Indian journal of veterinary science and animal husbandry - Volume 4,
Year: 1934
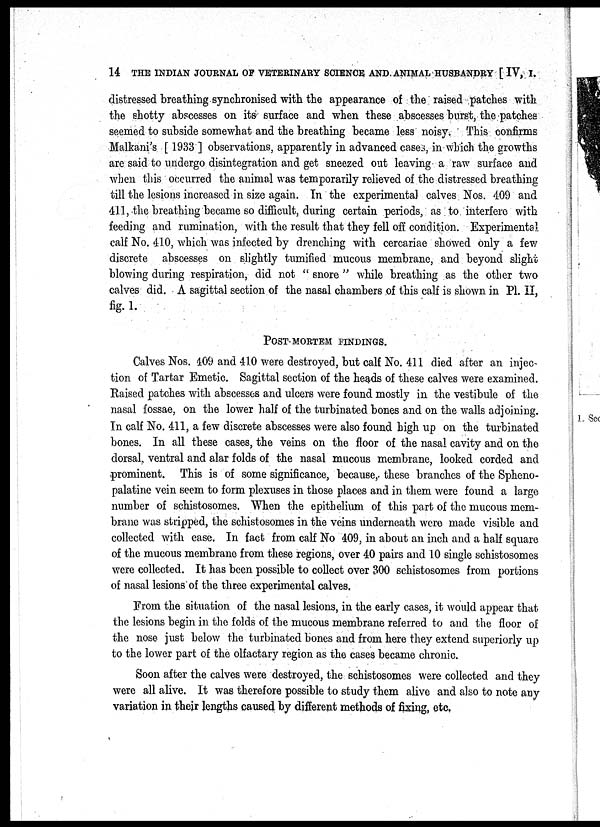
14 THE INDIAN JOURNAL OF VETERINARY SCIENCE AND ANIMAL HUSBANDRY [ IV, I.
distressed breathing synchronised with the appearance of the raised patches with
the shotty abscesses on its surface and when these abscesses burst, the patches
seemed to subside somewhat and the breathing became less noisy. This confirms
Malkani's [ 1933 ] observations, apparently in advanced cases, in which the growths
are said to undergo disintegration and get sneezed out leaving a raw surface and
when this occurred the animal was temporarily relieved of the distressed breathing
till the lesions increased in size again. In the experimental calves Nos. 409 and
411, the breathing became so difficult, during certain periods, as to interfere with
feeding and rumination, with the result that they fell off condition. Experimental
calf No. 410, which was infected by drenching with cercariae showed only a few
discrete abscesses on slightly tumified mucous membrane, and beyond slight
blowing during respiration, did not " snore " while breathing as the other two
calves did. A sagittal section of the nasal chambers of this calf is shown in P1. II,
fig.l.
POST-MORTEM FINDINGS.
Calves Nos. 409 and 410 were destroyed, but calf No. 411 died after an injec-
tion of Tartar Emetic. Sagittal section of the heads of these calves were examined.
Raised patches with abscesses and ulcers were found mostly in the vestibule of the
nasal fossae, on the lower half of the turbinated bones and on the walls adjoining.
In calf No. 411, a few discrete abscesses were also found high up on the turbinated
bones. In all these cases, the veins on the floor of the nasal cavity and on the
dorsal, ventral and alar folds of the nasal mucous membrane, looked corded and
prominent. This is of some significance, because, these branches of the Spheno-
palatine vein seem to form plexuses in those places and in them were found a large
number of schistosomes. When the epithelium of this part of the mucous mem-
brane was stripped, the schistosomes in the veins underneath were made visible and
collected with ease. In fact from calf No 409, in about an inch and a half square
of the mucous membrane from these regions, over 40 pairs and 10 single schistosomes
were collected. It has been possible to collect over 300 schistosomes from portions
of nasal lesions of the three experimental calves.
From the situation of the nasal lesions, in the early cases, it would appear that
the lesions begin in the folds of the mucous membrane referred to and the floor of
the nose just below the turbinated bones and from here they extend superiorly up
to the lower part of the olfactary region as the cases became chronic.
Soon after the calves were destroyed, the schistosomes were collected and they
were all alive. It was therefore possible to study them alive and also to note any
variation in their lengths caused by different methods of fixing, etc.